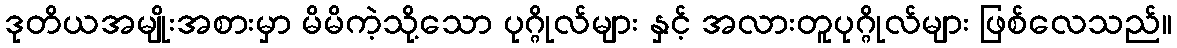
ဒုတိယအမျိုးအစားမှာ မိမိကဲ့သို့သော ပုဂ္ဂိုလ်များ နှင့် အလားတူပုဂ္ဂိုလ်များ ဖြစ်လေသည်။